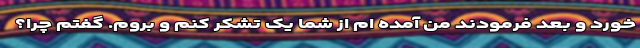
خورد و بعد فرمودند من آمده ام از شما یک تشکر کنم و بروم. گفتم چرا؟